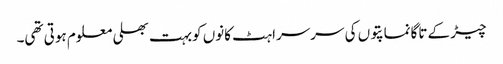
چیڑ کے تاگانماپتوں کی سرسراہٹ کانوں کوبہت بھلی معلوم ہوتی تھی۔